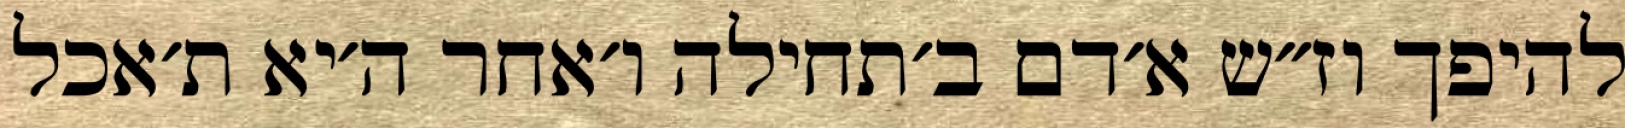
להיפך וז״ש א׳דם ב׳תחילה ו׳אחר ה׳יא ת׳אכל